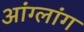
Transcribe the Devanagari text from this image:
आंग्लांग